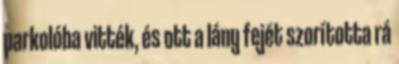
parkolóba vitték, és ott a lány fejét szorította rá